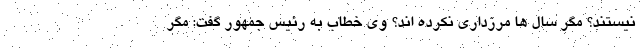
نیستند؟ مگر سال ها مرزداری نکرده اند؟ وی خطاب به رئیس جمهور گفت: مگر